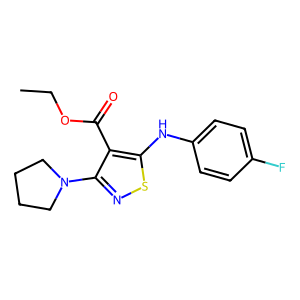
SMILES: CCOC(=O)c1c(N2CCCC2)nsc1Nc1ccc(F)cc1
Inhibits HIV replication: No